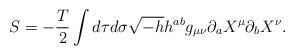
\begin{align*}S= -\frac{T}{2} \int d\tau d\sigma \sqrt{-h} h^{ab} g_{\mu\nu}\partial_{a} X^{\mu} \partial_{b}X^{\nu} .\end{align*}